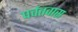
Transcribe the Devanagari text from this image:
पर्वतवास